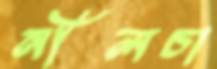
নীলচা